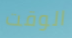
الوقت